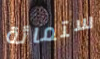
ستمائة